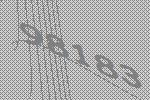
98183